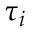
\tau _ { i }